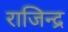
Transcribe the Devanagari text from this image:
राजिन्द्र